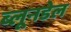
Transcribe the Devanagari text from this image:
ब्लूनडेल